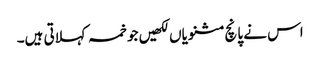
اس نے پانچ مثنویاں لکھیں جو خمسہ کہلاتی ہیں۔